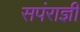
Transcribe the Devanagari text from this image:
सपंराज्ञी